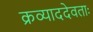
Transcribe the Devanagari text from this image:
क्रव्याददेवताः